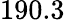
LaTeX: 190.3